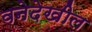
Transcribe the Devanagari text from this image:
वनेदेखील